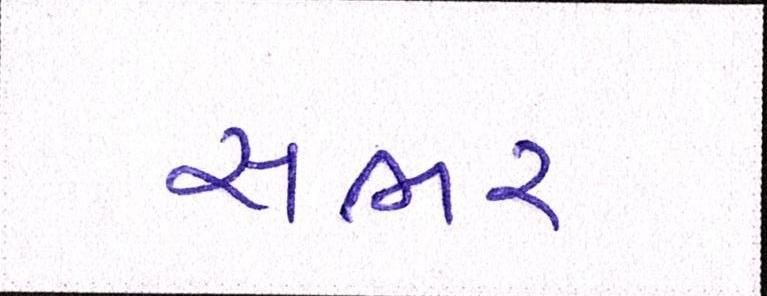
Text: સભર